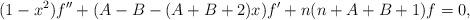
LaTeX: \begin{align*}(1-x^2)f''+(A-B-(A+B+2)x)f'+n(n+A+B+1)f=0,\end{align*}